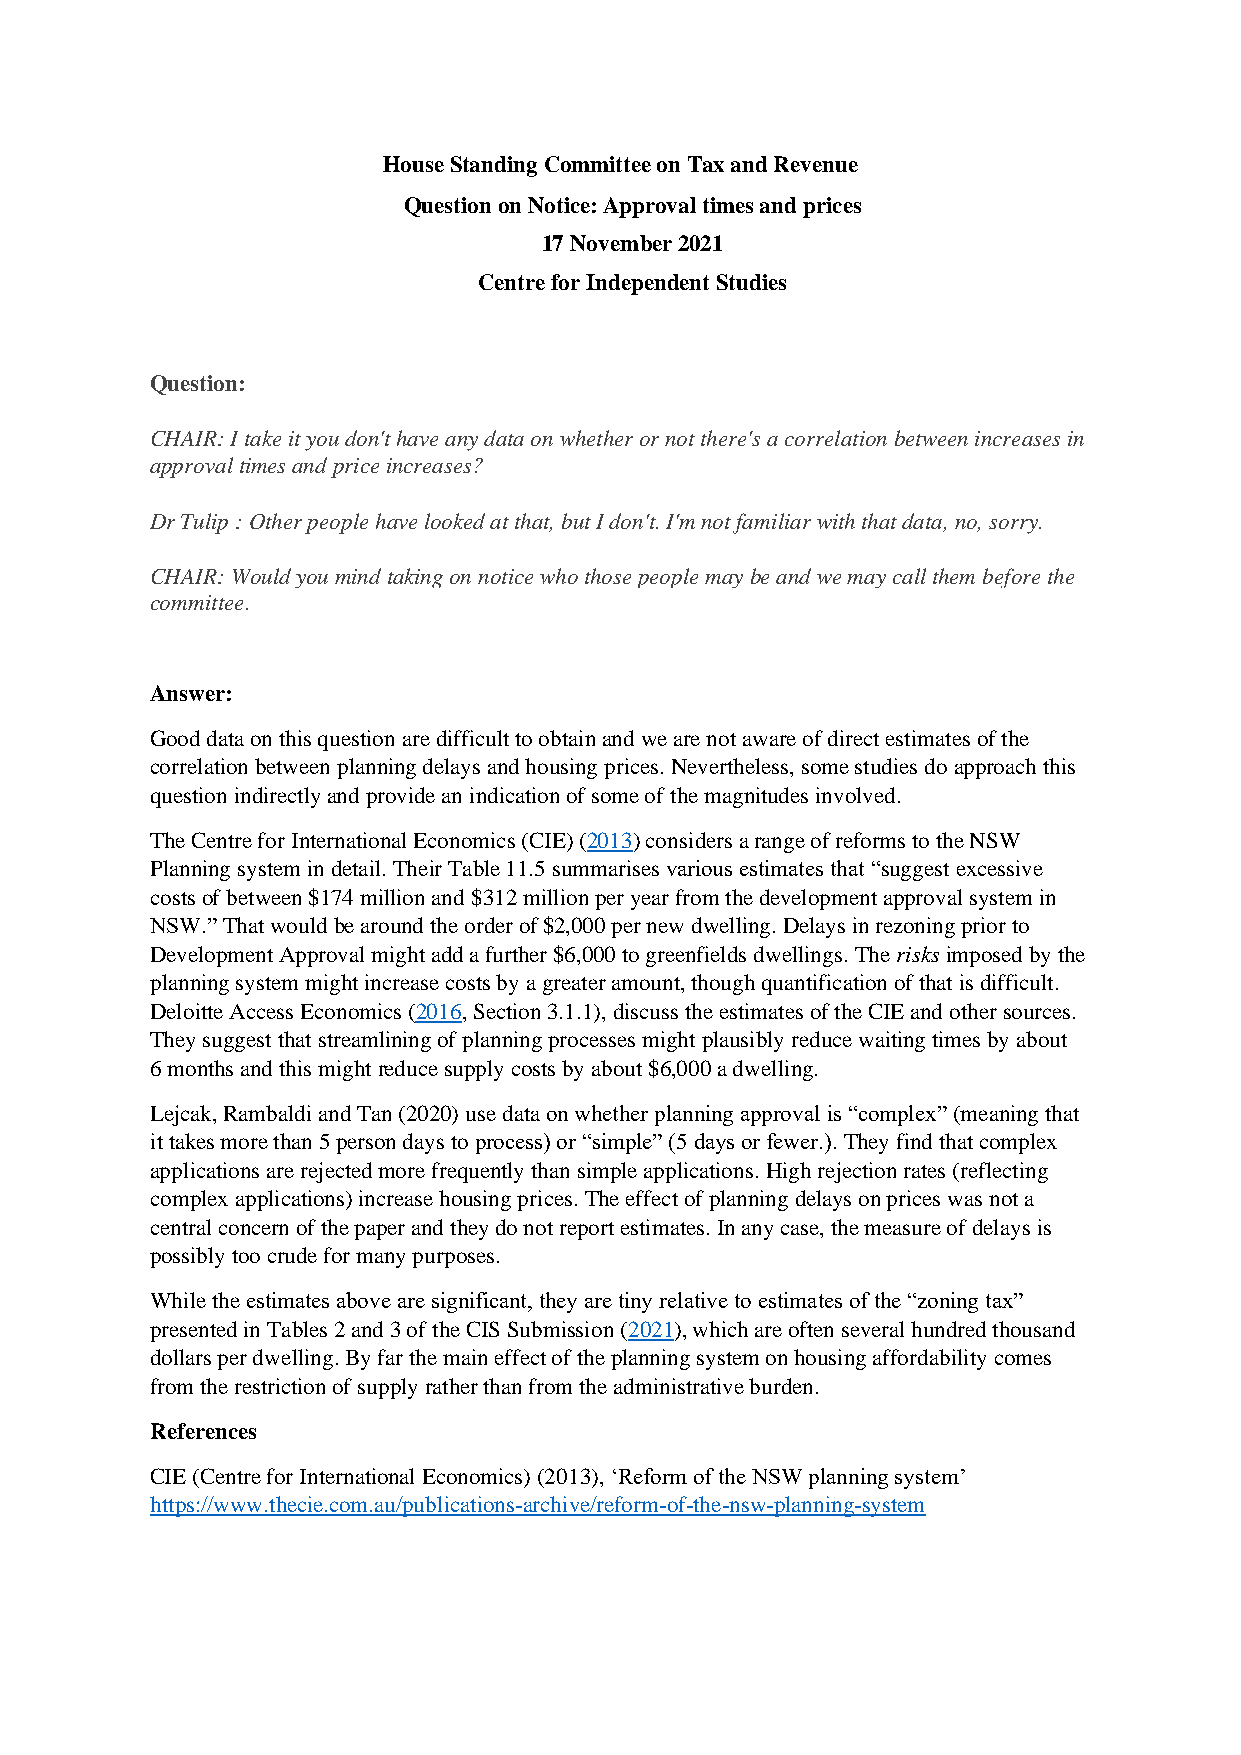
House Standing Committee on Tax and Revenue
 Question on Notice: Approval times and prices
 17 November 2021
 Centre for Independent Studies
 Question:
 CHAIR: I take it you don't have any data on whether or not there's a correlation between increases in
 approval times and price increases?
 Dr Tulip : Other people have looked at that, but I don't. I'm not familiar with that data, no, sorry.
 CHAIR: Would you mind taking on notice who those people may be and we may call them before the
 committee.
 Answer:
 Good data on this question are difficult to obtain and we are not aware of direct estimates of the
 correlation between planning delays and housing prices. Nevertheless, some studies do approach this
 question indirectly and provide an indication of some of the magnitudes involved.
 The Centre for International Economics (CIE) (2013) considers a range of reforms to the NSW
 Planning system in detail. Their Table 11.5 summarises various estimates that “suggest excessive
 costs of between $174 million and $312 million per year from the development approval system in
 NSW.” That would be around the order of $2,000 per new dwelling. Delays in rezoning prior to
 Development Approval might add a further $6,000 to greenfields dwellings. The risks imposed by the
 planning system might increase costs by a greater amount, though quantification of that is difficult.
 Deloitte Access Economics (2016, Section 3.1.1), discuss the estimates of the CIE and other sources.
 They suggest that streamlining of planning processes might plausibly reduce waiting times by about
 6 months and this might reduce supply costs by about $6,000 a dwelling.
 Lejcak, Rambaldi and Tan (2020) use data on whether planning approval is “complex” (meaning that
 it takes more than 5 person days to process) or “simple” (5 days or fewer.). They find that complex
 applications are rejected more frequently than simple applications. High rejection rates (reflecting
 complex applications) increase housing prices. The effect of planning delays on prices was not a
 central concern of the paper and they do not report estimates. In any case, the measure of delays is
 possibly too crude for many purposes.
 While the estimates above are significant, they are tiny relative to estimates of the “zoning tax”
 presented in Tables 2 and 3 of the CIS Submission (2021), which are often several hundred thousand
 dollars per dwelling. By far the main effect of the planning system on housing affordability comes
 from the restriction of supply rather than from the administrative burden.
 References
 CIE (Centre for International Economics) (2013), ‘Reform of the NSW planning system’
 https://www.thecie.com.au/publications-archive/reform-of-the-nsw-planning-system